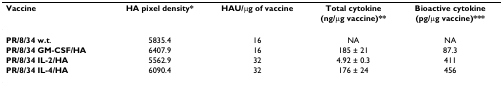
<table><thead><tr><td><b>Vaccine</b></td><td><b>HA pixel density*</b></td><td><b>HAU/μg of vaccine</b></td><td><b>Total cytokine (ng/μg vaccine)**</b></td><td><b>Bioactive cytokine (pg/μg vaccine)***</b></td></tr></thead><tbody><tr><td><b>PR/8/34 w.t</b>.</td><td>5835.4</td><td>16</td><td>NA</td><td>NA</td></tr><tr><td><b>PR/8/34 GM-CSF/HA</b></td><td>6407.9</td><td>16</td><td>185 ± 21</td><td>87.3</td></tr><tr><td><b>PR/8/34 IL-2/HA</b></td><td>5562.9</td><td>32</td><td>4.92 ± 0.3</td><td>411</td></tr><tr><td><b>PR/8/34 IL-4/HA</b></td><td>6090.4</td><td>32</td><td>176 ± 24</td><td>456</td></tr></tbody></table>